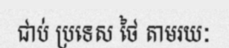
ជាប់ ប្រទេស ថៃ តាមរយៈ